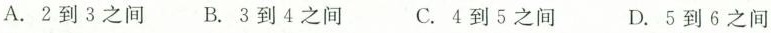
A.2到3之间 B.3到4之间 C.4到5之间 D.5到6之间